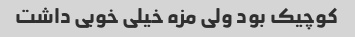
کوچیک بود ولی مزه خیلی خوبی داشت